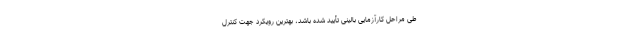
طی مراحل کارآزمایی بالینی تأیید شده باشد، بهترین رویکرد جهت کنترل